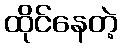
ထိုင်နေတဲ့